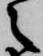
之